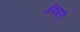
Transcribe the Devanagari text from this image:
अँक्वारी